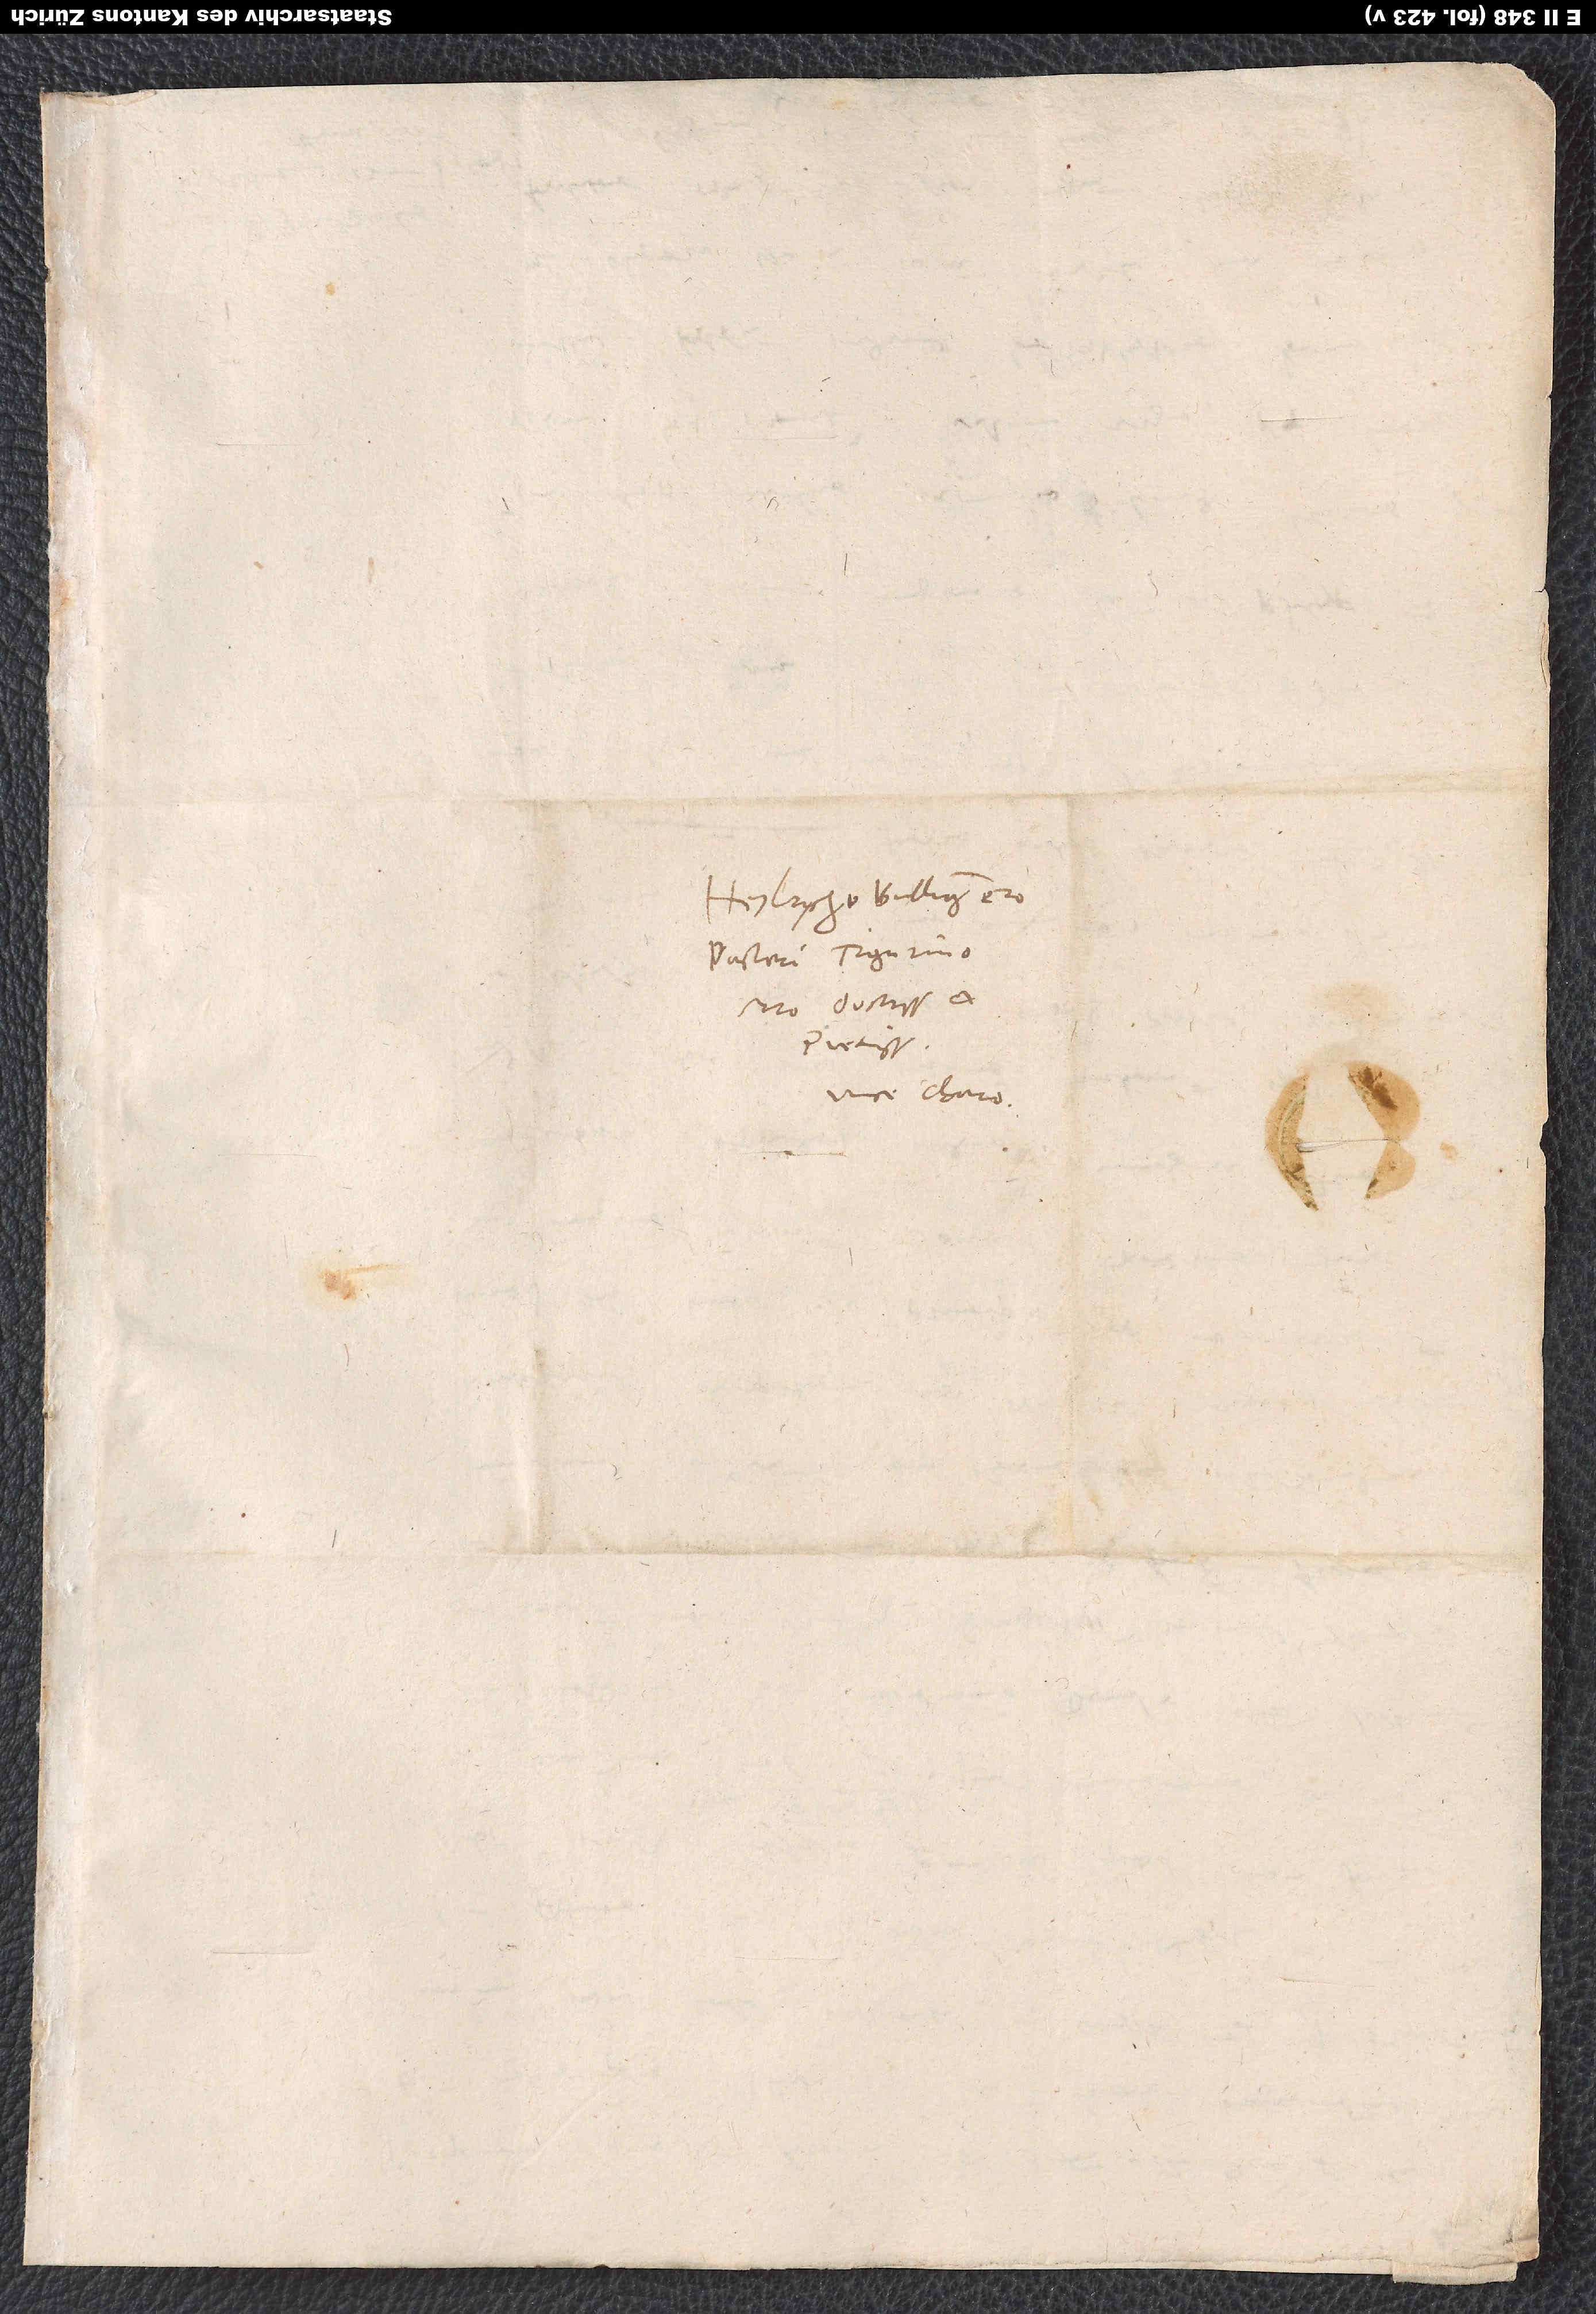
Heylrycho Bullingero,
pastori Tigurino,
viro doctissimo et
pientissimo,
vere charo.